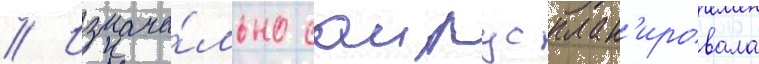
// Изнача́льно саирус план'ировала